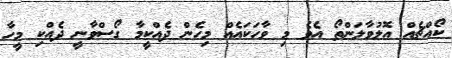
ކޯއްޗެއް އޮލުވާލަންތޯ އެވެ މި ވާހަކައެއް މިހެން ދެއްކީމާ ގޯސްވާނީ ދެއްކި މީހާ